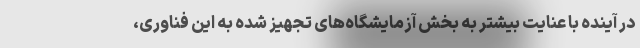
در آینده با عنایت بیشتر به بخش آزمایشگاه‌های تجهیز شده به این فناوری،